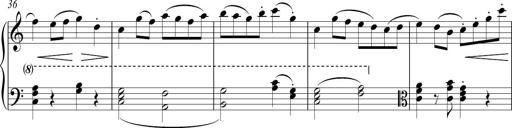
Title: Sonatina No. 1 in C
Composer: A. Marando
Key: C major